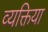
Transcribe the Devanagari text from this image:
व्यक्तिया